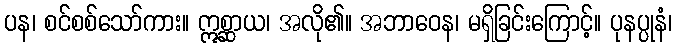
ပန၊ စင်စစ်သော်ကား။ ဣစ္ဆာယ၊ အလို၏။ အဘာဝေန၊ မရှိခြင်းကြောင့်။ ပုနပ္ပုနံ၊